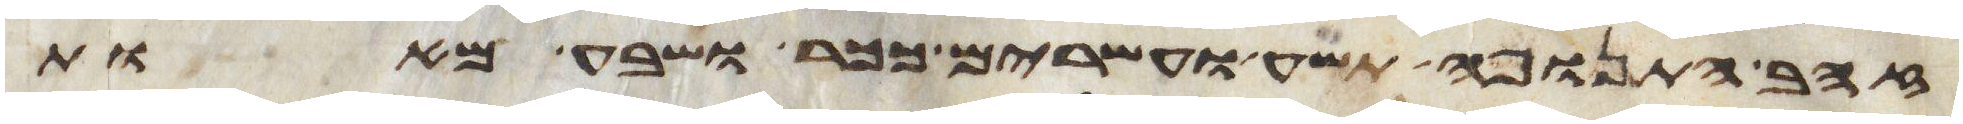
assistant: זהב התנופה תשע ועשרים ככר ושבע מאות